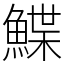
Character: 鰈